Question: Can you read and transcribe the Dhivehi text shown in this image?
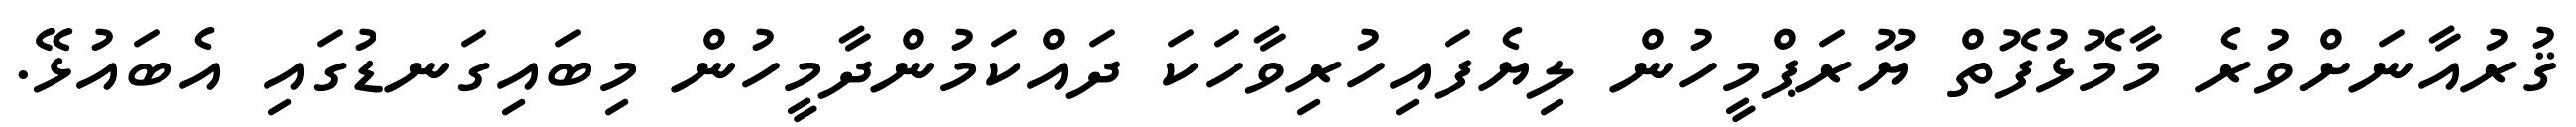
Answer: ޤުރުއާނަށްވުރެ މާމޮޅުފޮތް ޔޫރަޕްމީހުން ލިޔެފައިހުރިވާހަކަ ދައްކަމުންދާމީހުން މިބައިގަނޑުގައި އެބައުޅޭ.